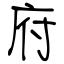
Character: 府